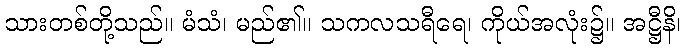
သားတစ်တို့သည်။ မံသံ၊ မည်၏။ သကလသရီရေ၊ ကိုယ်အလုံး၌။ အဋ္ဌီနိ၊